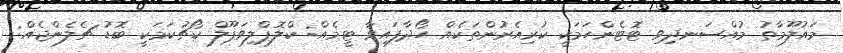
މައުލޫމާތު މުއްސަނދިވި ޓޮޓެންހަމަކީ ކުރިއެރުންތަކެއް ހޯދާފައިވާ ޓީމެއް: ކްލޮޕްލިވަޕޫލް ކޯޗުކަމަކީ ބޮޑު ޗެލެންޖެއް: